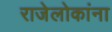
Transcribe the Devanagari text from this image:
राजेलोकांना